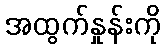
အထွက်နှုန်းကို